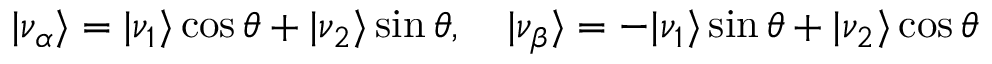
\vert \nu _ { \alpha } \rangle = \vert \nu _ { 1 } \rangle \cos \theta + \vert \nu _ { 2 } \rangle \sin \theta , \quad \vert \nu _ { \beta } \rangle = - \vert \nu _ { 1 } \rangle \sin \theta + \vert \nu _ { 2 } \rangle \cos \theta